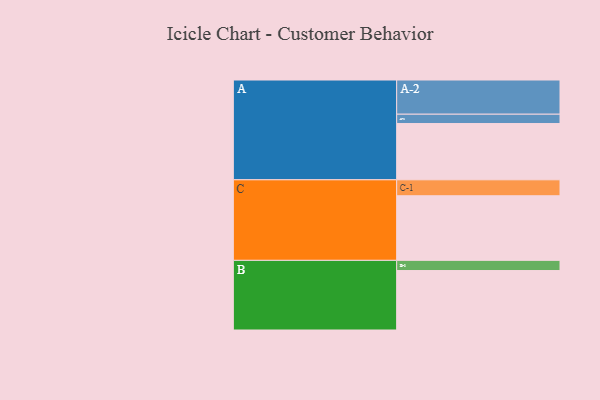
{"axis": {"x": "Segment", "y": "Value"}, "legend": ["", "A", "B", "C"], "data": [{"x": "A", "y": 448, "type": ""}, {"x": "B", "y": 473, "type": ""}, {"x": "C", "y": 514, "type": ""}, {"x": "A-1", "y": 74, "type": "A"}, {"x": "A-2", "y": 272, "type": "A"}, {"x": "B-1", "y": 81, "type": "B"}, {"x": "C-1", "y": 127, "type": "C"}]}